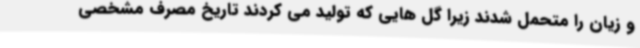
و زیان را متحمل شدند زیرا گل هایی که تولید می کردند تاریخ مصرف مشخصی